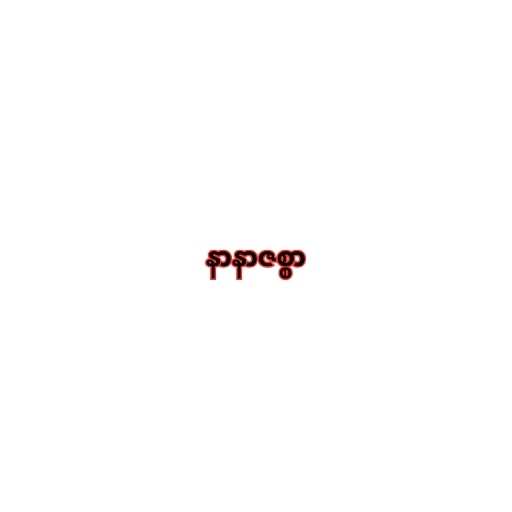
နာနာဇစ္စာ